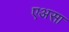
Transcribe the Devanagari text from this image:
एअसा